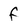
Character: f